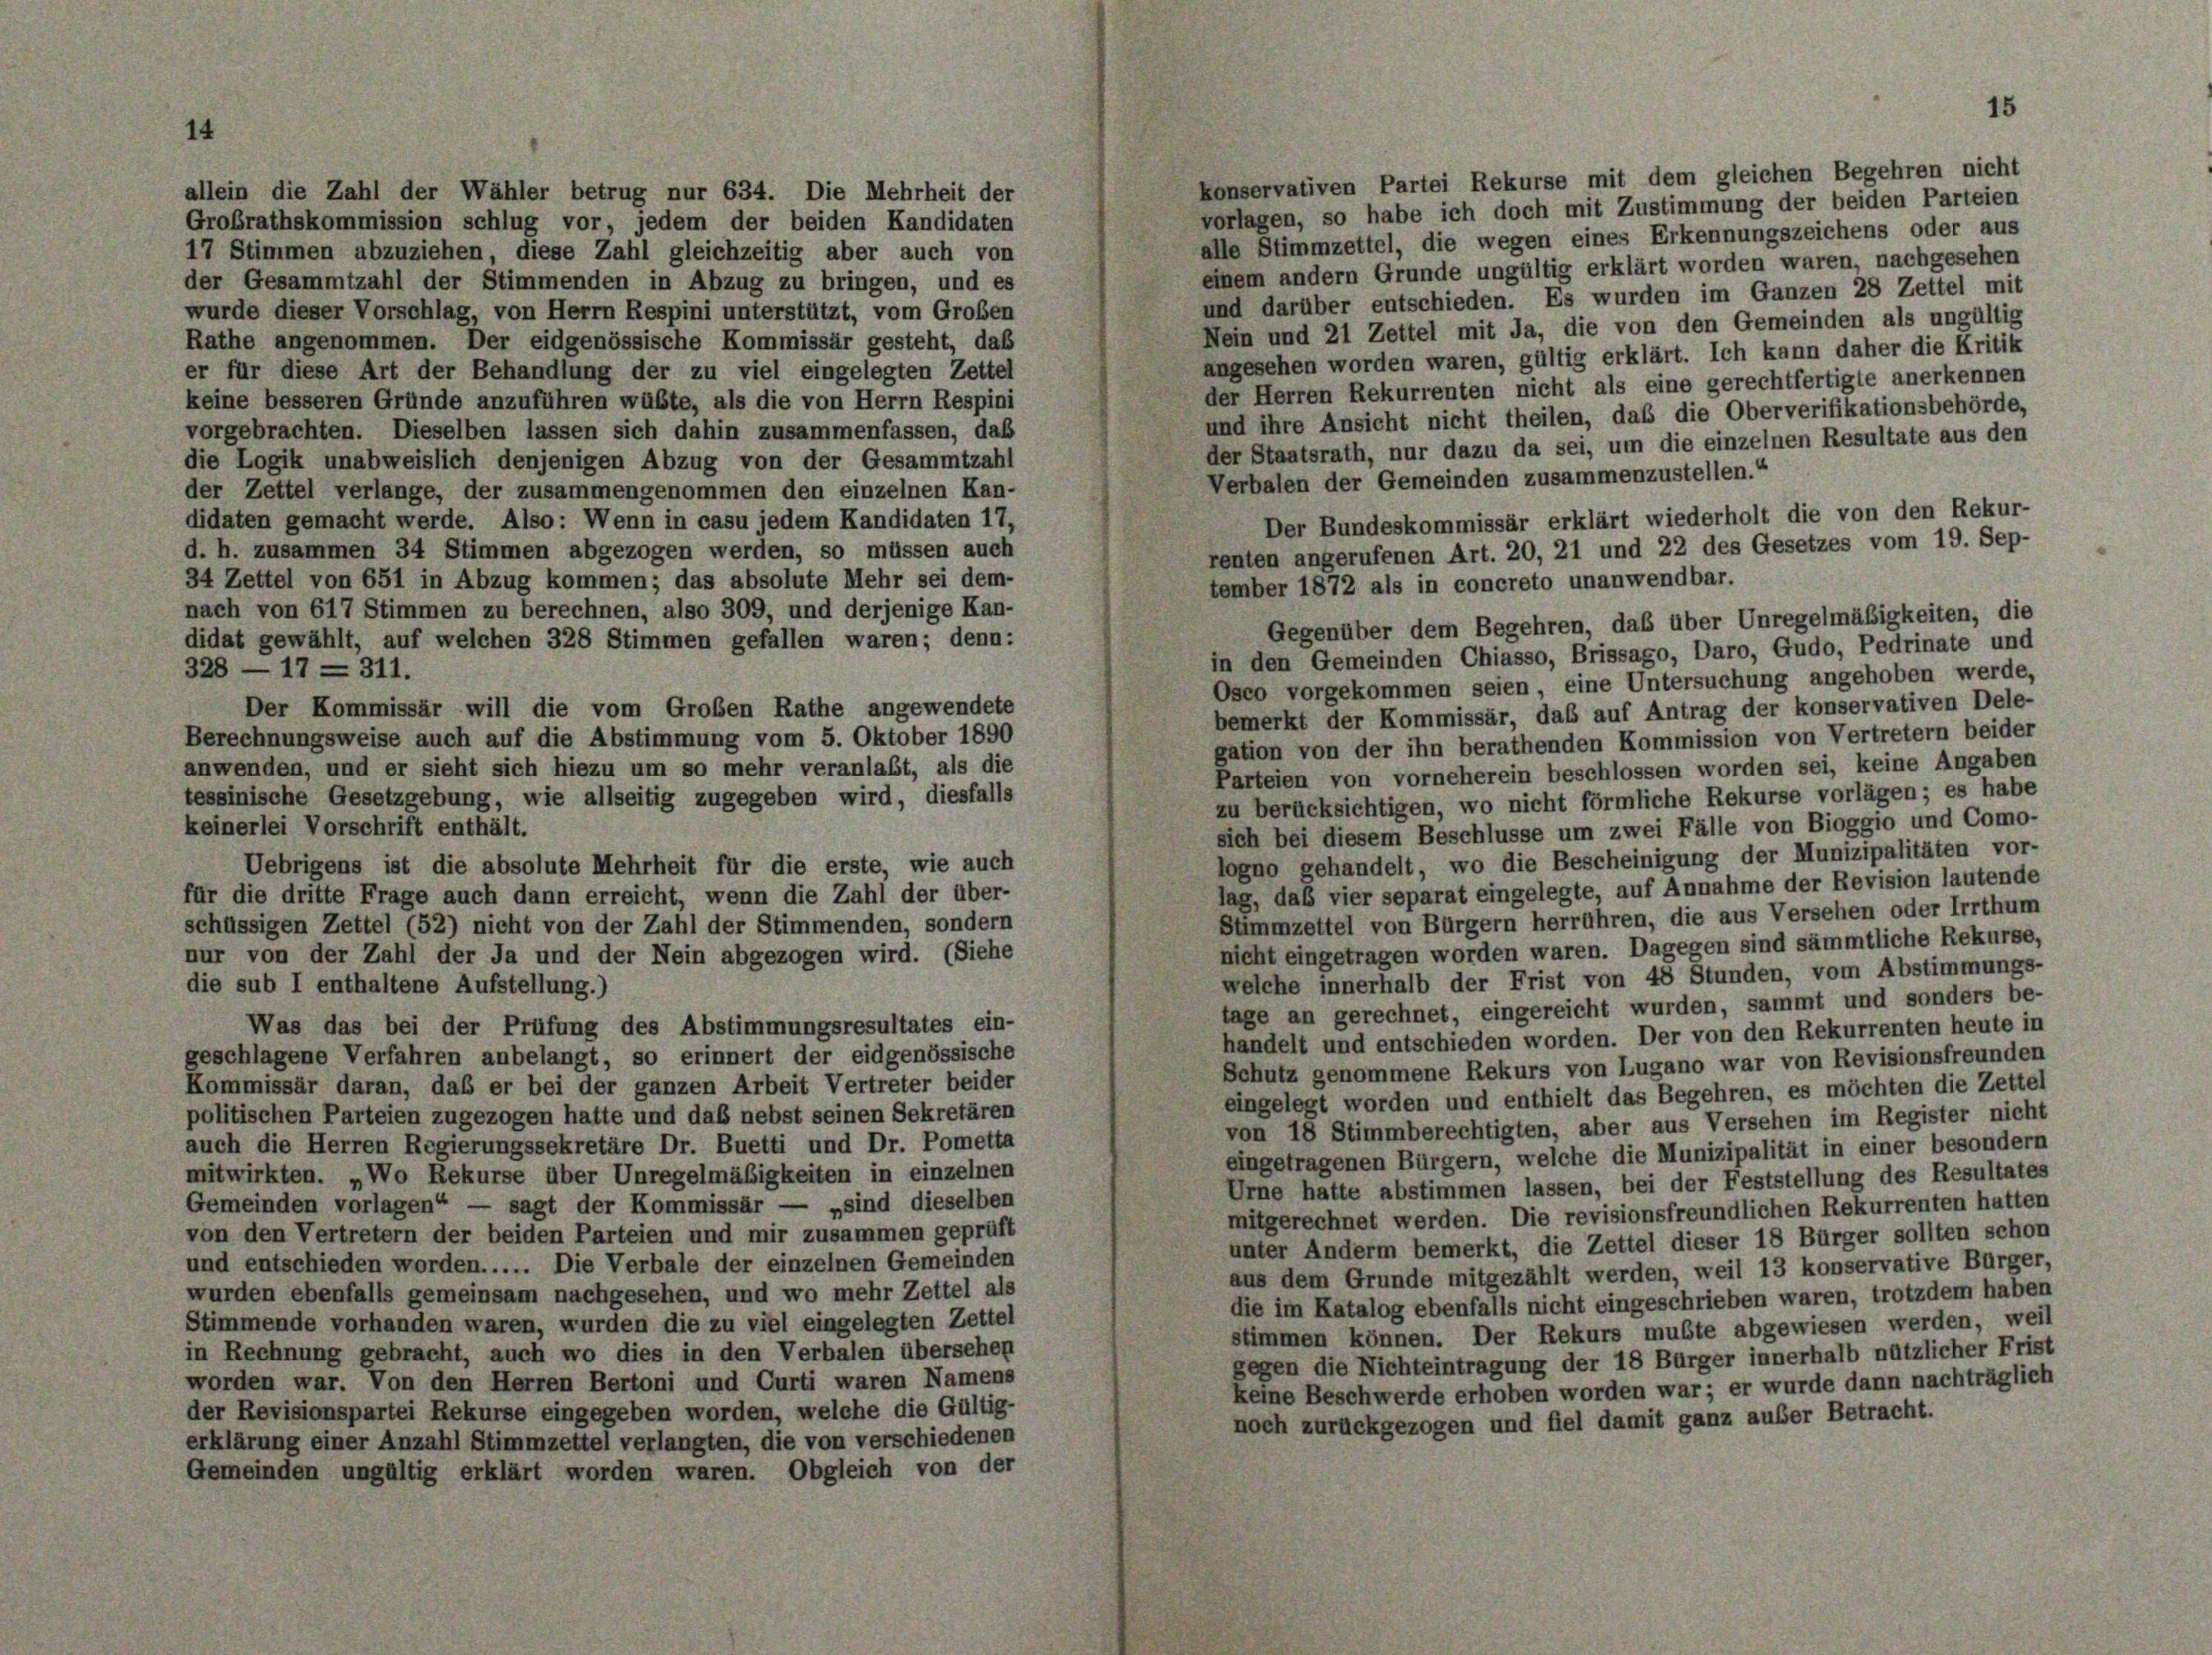
15

allein die Zahl der Wähler betrug nur 634. Die Mehrheit der
Großrathskommission schlug vor, jedem der beiden Kandidaten
17 Stimmen abzuziehen, diese Zahl gleichzeitig aber auch von
der Gesammtzahl der Stimmenden in Abzug zu bringen, und es
wurde dieser Vorschlag, von Herrn Respini unterstützt, vom Großen
Rathe angenommen. Der eidgenössische Kommissär gesteht, daß
er für diese Art der Behandlung der zu viel eingelegten Zettel
keine besseren Gründe anzuführen wüßte, als die von Herrn Respini
vorgebrachten. Dieselben lassen sich dahin zusammenfassen, daß
die Logik unabweislich denjenigen Abzug von der Gesammtzahl
der Zettel verlange, der zusammengenommen den einzelnen Kan-
didaten gemacht werde. Also: Wenn in casu jedem Kandidaten 17,
d. h. zusammen 34 Stimmen abgezogen werden, so müssen auch
renten angerufenen Art. 20, 21 und 22 des Gesetzes vom 19. Sep-
34 Zettel von 651 in Abzug kommen; das absolute Mehr sei dem-
tember 1872 als in concreto unanwendbar.
nach von 617 Stimmen zu berechnen, also 309, und derjenige Kan-
Gegenüber dem Begehren, daß über Unregelmäßigkeiten, die
didat gewählt, auf welchen 328 Stimmen gefallen waren; denn:
in den Gemeinden Chiasso, Brissago, Daro, Gudo, Pedrinate und
328 —17 = 311.
Osco vorgekommen seien, eine Untersuchung angehoben werde,
Der Kommissär will die vom Großen Rathe angewendete
bemerkt der Kommissär, das auf Antrag der konservativen Dele-
Berechnungsweise auch auf die Abstimmung vom 5. Oktober 1890
gation von der ihn berathenden Kommission von Vertretern beider
anwenden, und er sieht sich hiezu um so mehr veranlaßt, als die
Parteien von vorneherein beschlossen worden sei, keine Angaben
tessinische Gesetzgebung, wie allseitig zugegeben wird, diesfalls
zu berücksichtigen, wo nicht förmliche Rekurse vorlägen; es habe
keinerlei Vorschrift enthält.
sich bei diesem Beschlüsse um zwei Fälle von Bioggio und Como-
logno gehandelt, wo die Bescheinigung der Munizipalitäten vor-
Uebrigens ist die absolute Mehrheit für die erste, wie auch
lag, daß vier separat eingelegte, auf Annahme der Revision lautende
für die dritte Frage auch dann erreicht, wenn die Zahl der über-
Stimmzettel von Bürgern herrühren, die aus Versehen oder Irrthum
schüssigen Zettel (52) nicht von der Zahl der Stimmenden, sondern
nicht eingetragen worden waren. Dagegen sind sämmtliche Rekurse,
nur von der Zahl der Ja und der Nein abgezogen wird. (Siehe
welche innerhalb der Frist von 48 Stunden, vom Abstimmungs-
die sub I enthaltene Aufstellung.)
tage an gerechnet, eingereicht wurden, sammt und sonders be-
Was das bei der Prüfung des Abstimmungsresultates ein-
handelt und entschieden worden. Der von den Rekurrenten heute in
geschlagene Verfahren anbelangt, so erinnert der eidgenössische
Schutz genommene Rekurs von Lugano war von Revisionsfreunden
Kommissär daran, daß er bei der ganzen Arbeit Vertreter beider
eingelegt worden und enthielt das Begehren, es möchten die Zettel
politischen Parteien zugezogen hatte und daß nebst seinen Sekretären
von 18 Stimmberechtigten, aber aus Versehen im Register nicht
auch die Herren Regierungssekretäre Dr. Buetti und Dr. Pometta
eingetragenen Bürgern, welche die Munizipalität in einer besondern
mitwirkten. „Wo Rekurse über Unregelmäßigkeiten in einzelnen
Urne hatte abstimmen lassen, bei der Feststellung des Resultates
Gemeinden vorlagen“ — sagt der Kommissär — „sind dieselben
mitgerechnet werden. Die revisionsfreundlichen Rekurrenten hatten
von den Vertretern der beiden Parteien und mir zusammen geprüft
unter Anderm bemerkt, die Zettel dieser 18 Bürger sollten schon
und entschieden worden..... Die Verbale der einzelnen Gemeinden
aus dem Grunde mitgezählt werden, weil 13 konservative Bürger,
wurden ebenfalls gemeinsam nachgesehen, und wo mehr Zettel als
die im Katalog ebenfalls nicht eingeschrieben waren, trotzdem haben
Stimmende vorhanden waren, wurden die zu viel eingelegten Zettel
stimmen können. Der Rekurs mußte abgewiesen werden, weil
in Rechnung gebracht, auch wo dies in den Verbalen übersehen
gegen die Nichteintragung der 18 Bürger innerhalb nützlicher Frist
worden war. Von den Herren Bertoni und Curti waren Namens
keine Beschwerde erhoben worden war; er wurde dann nachträglich
der Revisionspartei Rekurse eingegeben worden, welche die Gültig-
noch zurückgezogen und fiel damit ganz auser Betracht.
erklärung einer Anzahl Stimmzettel verlangten, die von verschiedenen
Gemeinden ungültig erklärt worden waren. Obgleich von der

konservativen Partei Rekurse mit dem gleichen Begehren nicht
vorlagen, so habe ich doch mit Zustimmung der beiden Parteien
alle Stimmzettel, die wegen eines Erkennungszeichens oder aus
einem andern Grunde ungültig erklärt worden waren, nachgesehen
und darüber entschieden. Es wurden im Ganzen 28 Zettel mit
Nein und 21 Zettel mit Ja, die von den Gemeinden als ungültig
angesehen worden waren, gültig erklärt. Ich kann daher die Kritik
der Herren Rekurrenten nicht als eine gerechtfertigte anerkennen
und ihre Ansicht nicht theilen, daß die Oberverifikationsbehörde,
der Staatsrath, nur dazu da sei, um die einzelnen Resultate aus den
Verbalen der Gemeinden zusammenzustellen.“
Der Bundeskommissär erklärt wiederholt die von den Rekur-